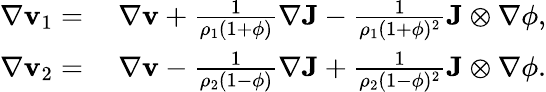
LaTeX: \begin{array}{rl}{\nabla\mathbf{v}_{1}=}&{~\nabla\mathbf{v}+\frac{1}{\rho_{1}(1+\phi)}\nabla\mathbf{J}-\frac{1}{\rho_{1}(1+\phi)^{2}}\mathbf{J}\otimes\nabla\phi,}\\ {\nabla\mathbf{v}_{2}=}&{~\nabla\mathbf{v}-\frac{1}{\rho_{2}(1-\phi)}\nabla\mathbf{J}+\frac{1}{\rho_{2}(1-\phi)^{2}}\mathbf{J}\otimes\nabla\phi.}\end{array}